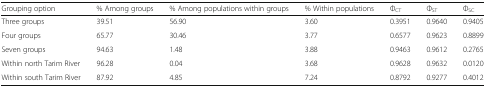
| Grouping option | % Among groups | % Among populations within groups | % Within populations | ΦCT | ΦST | ΦSC |
 | --- | --- | --- | --- | --- | --- | --- |
 | Three groups | 39.51 | 56.90 | 3.60 | 0.3951 | 0.9640 | 0.9405 |
 | Four groups | 65.77 | 30.46 | 3.77 | 0.6577 | 0.9623 | 0.8899 |
 | Seven groups | 94.63 | 1.48 | 3.88 | 0.9463 | 0.9612 | 0.2765 |
 | Within north Tarim River | 96.28 | 0.04 | 3.68 | 0.9628 | 0.9632 | 0.0120 |
 | Within south Tarim River | 87.92 | 4.85 | 7.24 | 0.8792 | 0.9277 | 0.4012 |